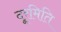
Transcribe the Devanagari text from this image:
दूरमिति